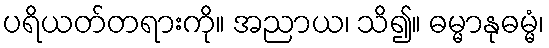
ပရိယတ်တရားကို။ အညာယ၊ သိ၍။ ဓမ္မာနုဓမ္မံ၊